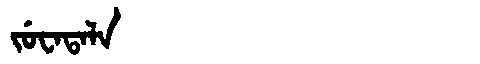
Manchu: ᠵᡠᠸᠠᡨᠠᠯᠠ
Romanization: JUWATALA